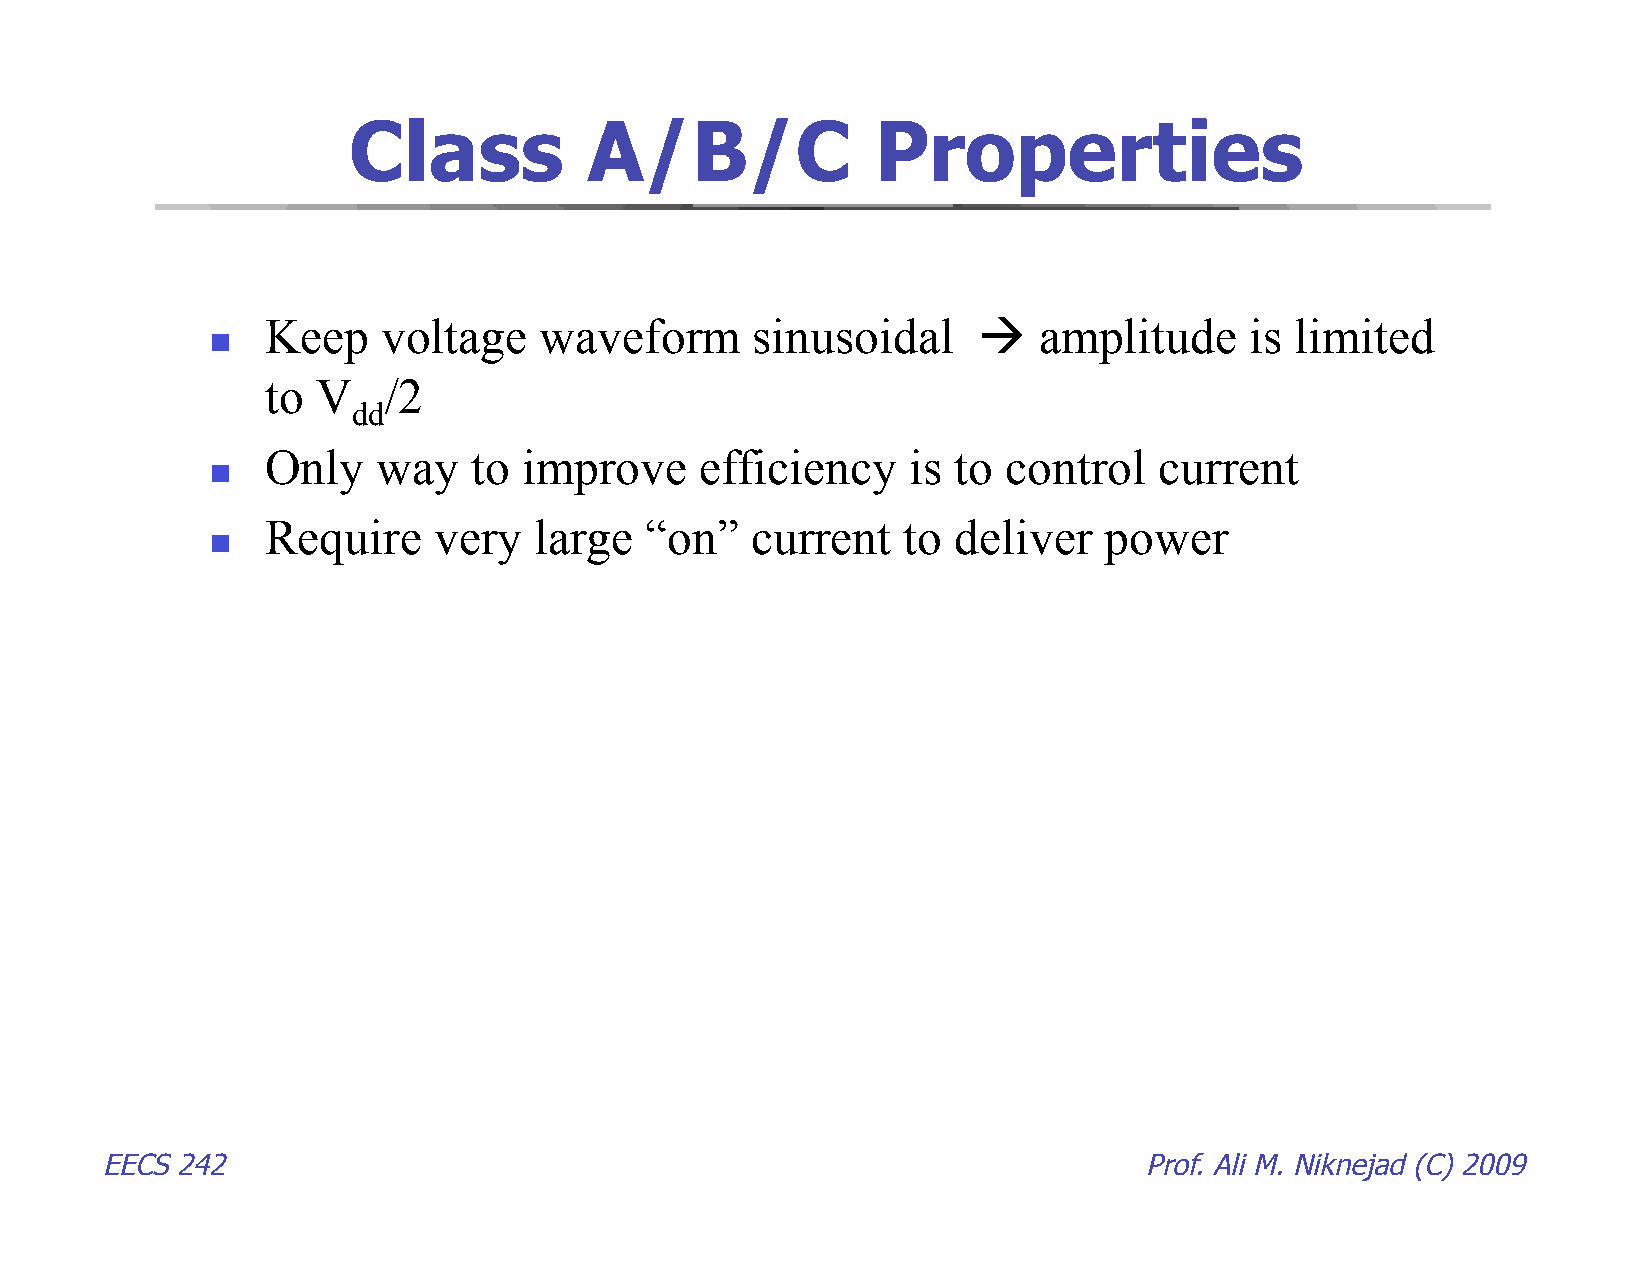
Class           A/B/C              Properties
 Keep   voltage    waveform      sinusoidal        amplitude     is limited
 
 to V   /2
 dd
 Only   way   to  improve    efficiency    is to  control   current
 
 Require    very  large   “on”   current   to deliver   power
 
 EECS 242                                                             Prof. Ali M. Niknejad (C) 2009